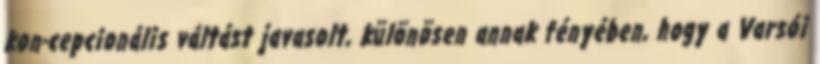
kon-cepcionális váltást javasolt, különösen annak fényében, hogy a Varsói